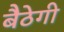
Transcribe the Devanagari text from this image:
बैठेगी